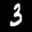
Label: 3